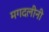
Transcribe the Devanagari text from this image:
मगदलीनी